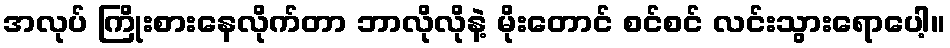
အလုပ် ကြိုးစားနေလိုက်တာ ဘာလိုလိုနဲ့ မိုးတောင် စင်စင် လင်းသွားရောပေါ့။